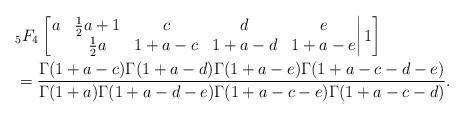
LaTeX: \begin{align*} & {}_5 F_4 \left[ \left. \begin{matrix} a & \frac{1}{2} a+1 & c & d & e \\ & \frac{1}{2} a & 1+a-c & 1+a-d & 1+a-e\\ \end{matrix} \right| 1 \right]\\ & =\frac{\Gamma(1+a-c)\Gamma(1+a-d)\Gamma(1+a-e)\Gamma(1+a-c-d-e)}{\Gamma(1+a)\Gamma(1+a-d-e)\Gamma(1+a-c-e)\Gamma(1+a-c-d)}. \end{align*}